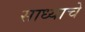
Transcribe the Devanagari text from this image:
साध्याचे